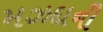
મઝદાની